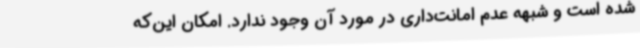
شده است و شبهه عدم امانت‌داری در مورد آن وجود ندارد. امکان این‌که